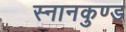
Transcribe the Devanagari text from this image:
स्‍नानकुण्‍ड